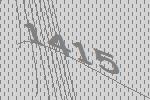
1415